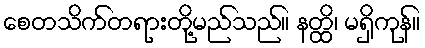
စေတသိက်တရားတို့မည်သည်။ နတ္ထိ၊ မရှိကုန်။